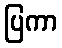
ပြကာ